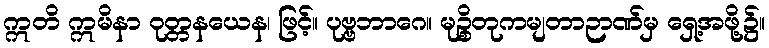
ဣတိ ဣမိနာ ဝုတ္တနယေန၊ ဖြင့်။ ပုဗ္ဗဘာဂေ။ မုဉ္စိတုကမျတာဉာဏ်မှ ရှေ့အဖို့၌။